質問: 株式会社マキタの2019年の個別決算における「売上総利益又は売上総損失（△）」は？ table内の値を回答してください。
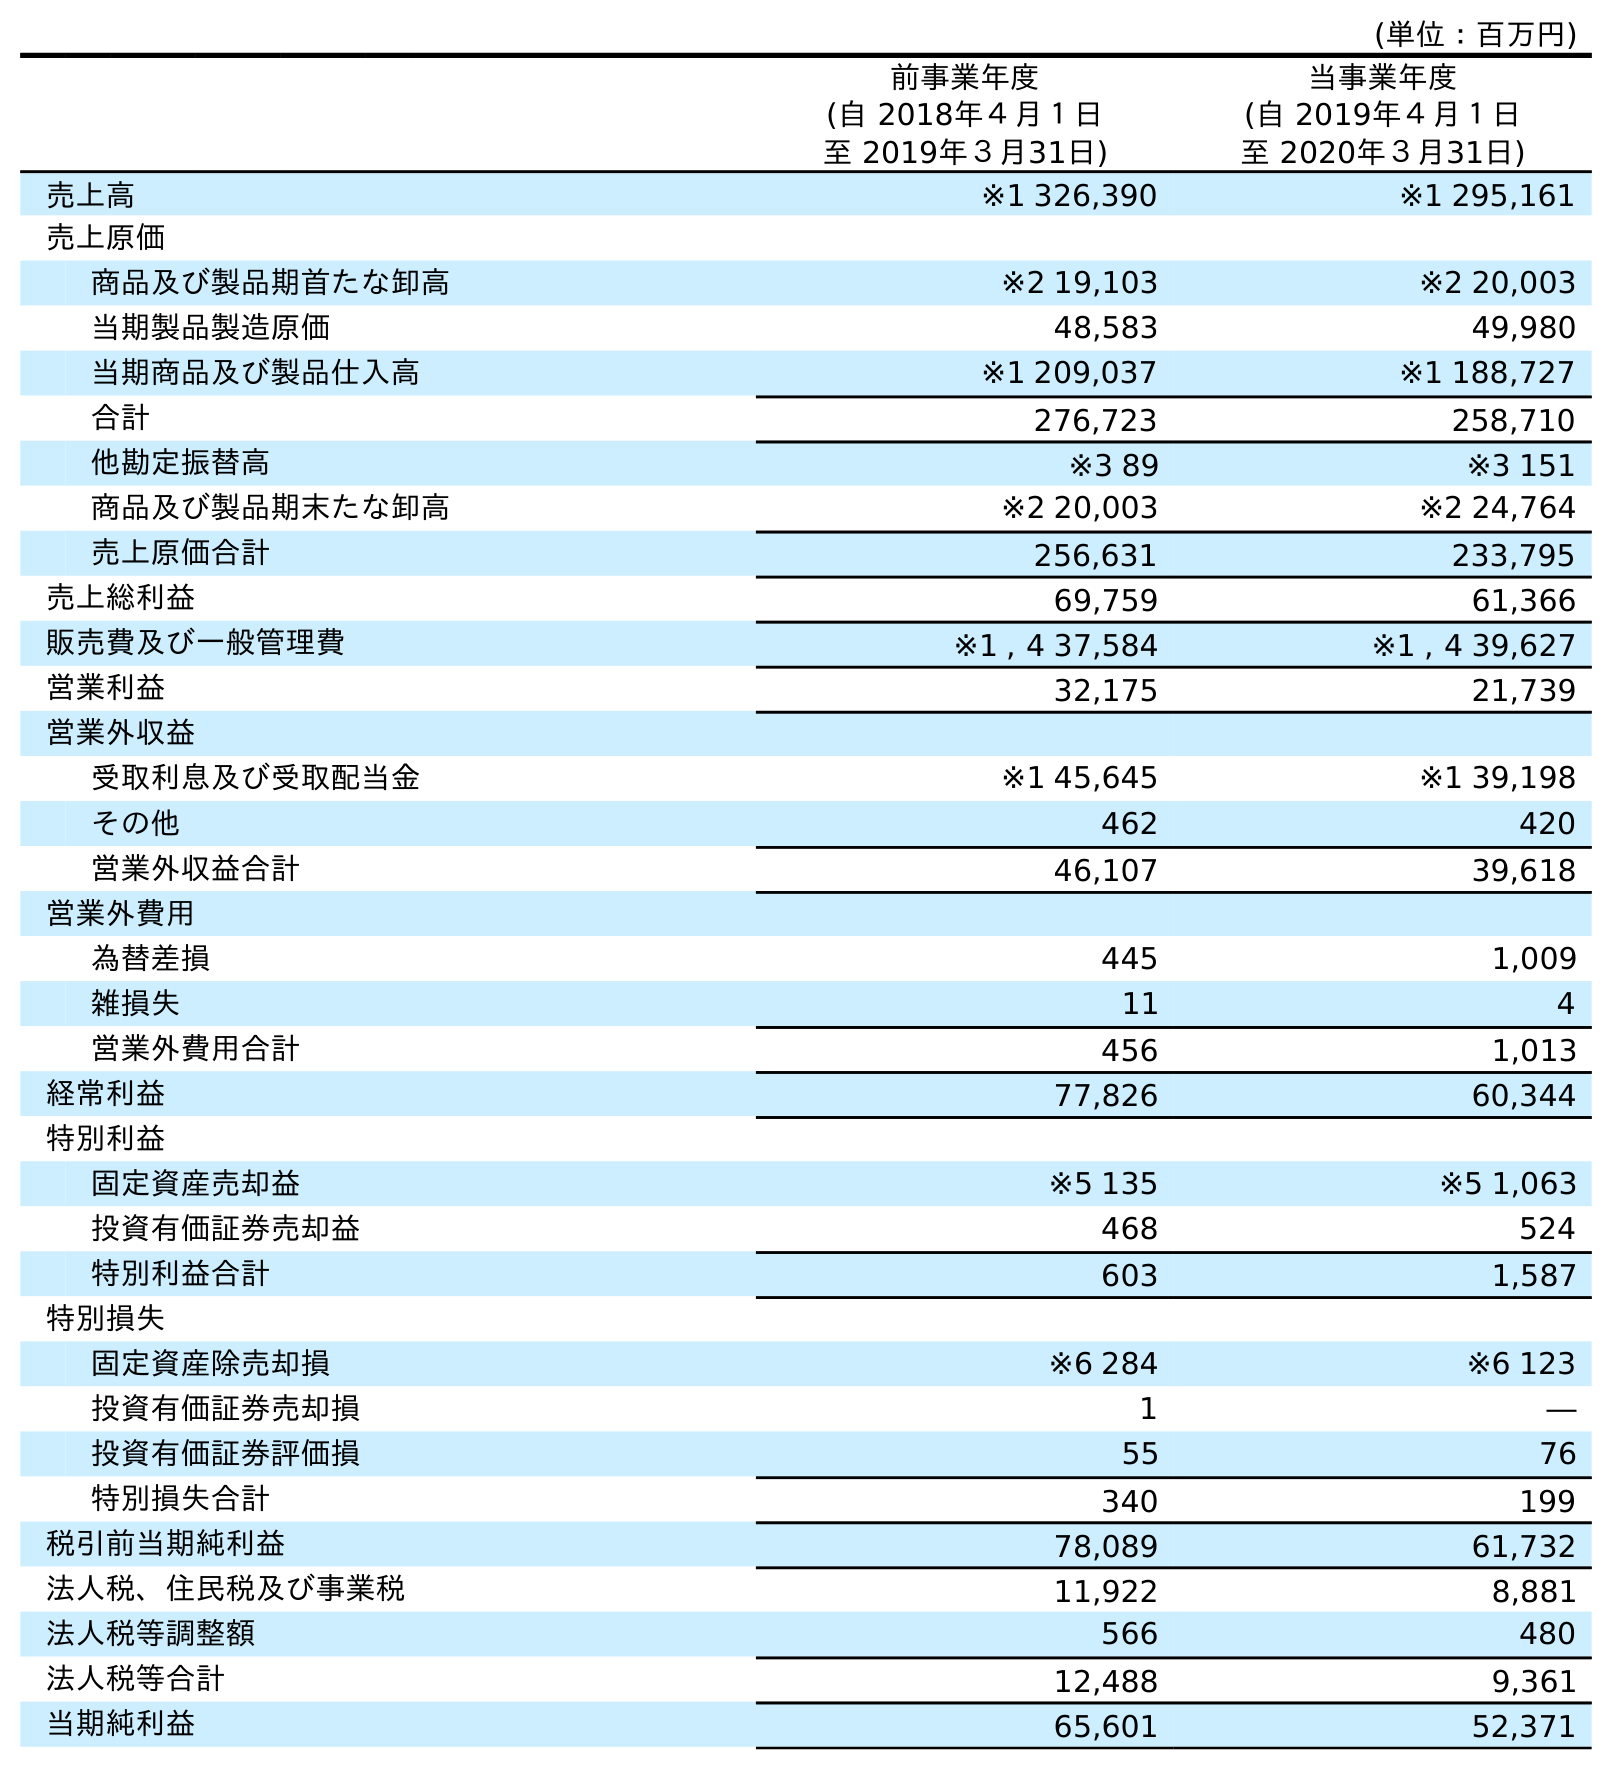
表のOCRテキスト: (単位：百万円) 前事業年度 (自 2018年４月１日 至 2019年３月31日) 当事業年度 (自 2019年４月１日 至 2020年３月31日) 売上高 ※1 326,390 ※1 295,161 売上原価 商品及び製品期首たな卸高 ※2 19,103 ※2 20,003 当期製品製造原価 48,583 49,980 当期商品及び製品仕入高 ※1 209,037 ※1 188,727 合計 276,723 258,710 他勘定振替高 ※3 89 ※3 151 商品及び製品期末たな卸高 ※2 20,003 ※2 24,764 売上原価合計 256,631 233,795 売上総利益 69,759 61,366 販売費及び一般管理費 ※1 , 4 37,584 ※1 , 4 39,627 営業利益 32,175 21,739 営業外収益 受取利息及び受取配当金 ※1 45,645 ※1 39,198 その他 462 420 営業外収益合計 46,107 39,618 営業外費用 為替差損 445 1,009 雑損失 11 4 営業外費用合計 456 1,013 経常利益 77,826 60,344 特別利益 固定資産売却益 ※5 135 ※5 1,063 投資有価証券売却益 468 524 特別利益合計 603 1,587 特別損失 固定資産除売却損 ※6 284 ※6 123 投資有価証券売却損 1 ― 投資有価証券評価損 55 76 特別損失合計 340 199 税引前当期純利益 78,089 61,732 法人税、住民税及び事業税 11,922 8,881 法人税等調整額 566 480 法人税等合計 12,488 9,361 当期純利益 65,601 52,371
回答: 69,759